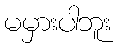
မမှားပါဘူး